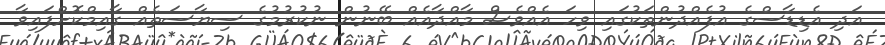
އަދި އެޑިޑާސްގެ އުފެއްދުންތަކުގައި ވިހަ އެއްވެސް މާއްދާއެއް ބޭނުން ނުކުރުމުގެ ސިޔާސަތެއް ގާއިމްކޮށްފައިވާ